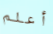
أعلم